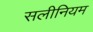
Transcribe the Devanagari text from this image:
सलीनियम